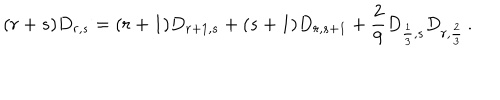
( r + s ) D _ { r , s } = ( r + 1 ) D _ { r + 1 , s } + ( s + 1 ) D _ { r , s + 1 } + { \frac { 2 } { 9 } } D _ { { \frac { 1 } { 3 } } , s } D _ { r , { \frac { 2 } { 3 } } } \, .